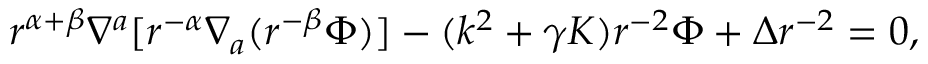
r ^ { \alpha + \beta } \nabla ^ { a } [ r ^ { - \alpha } \nabla _ { a } ( r ^ { - \beta } \Phi ) ] - ( k ^ { 2 } + \gamma K ) r ^ { - 2 } \Phi + \Delta r ^ { - 2 } = 0 ,